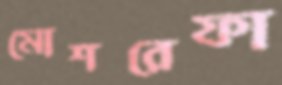
মোশরেফা